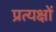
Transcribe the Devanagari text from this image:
प्रत्यक्षों